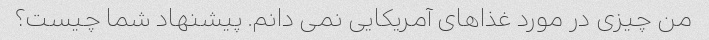
من چیزی در مورد غذاهای آمریکایی نمی دانم. پیشنهاد شما چیست؟